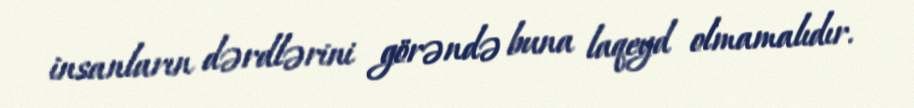
insanların dərdlərini görəndə buna laqeyd olmamalıdır.